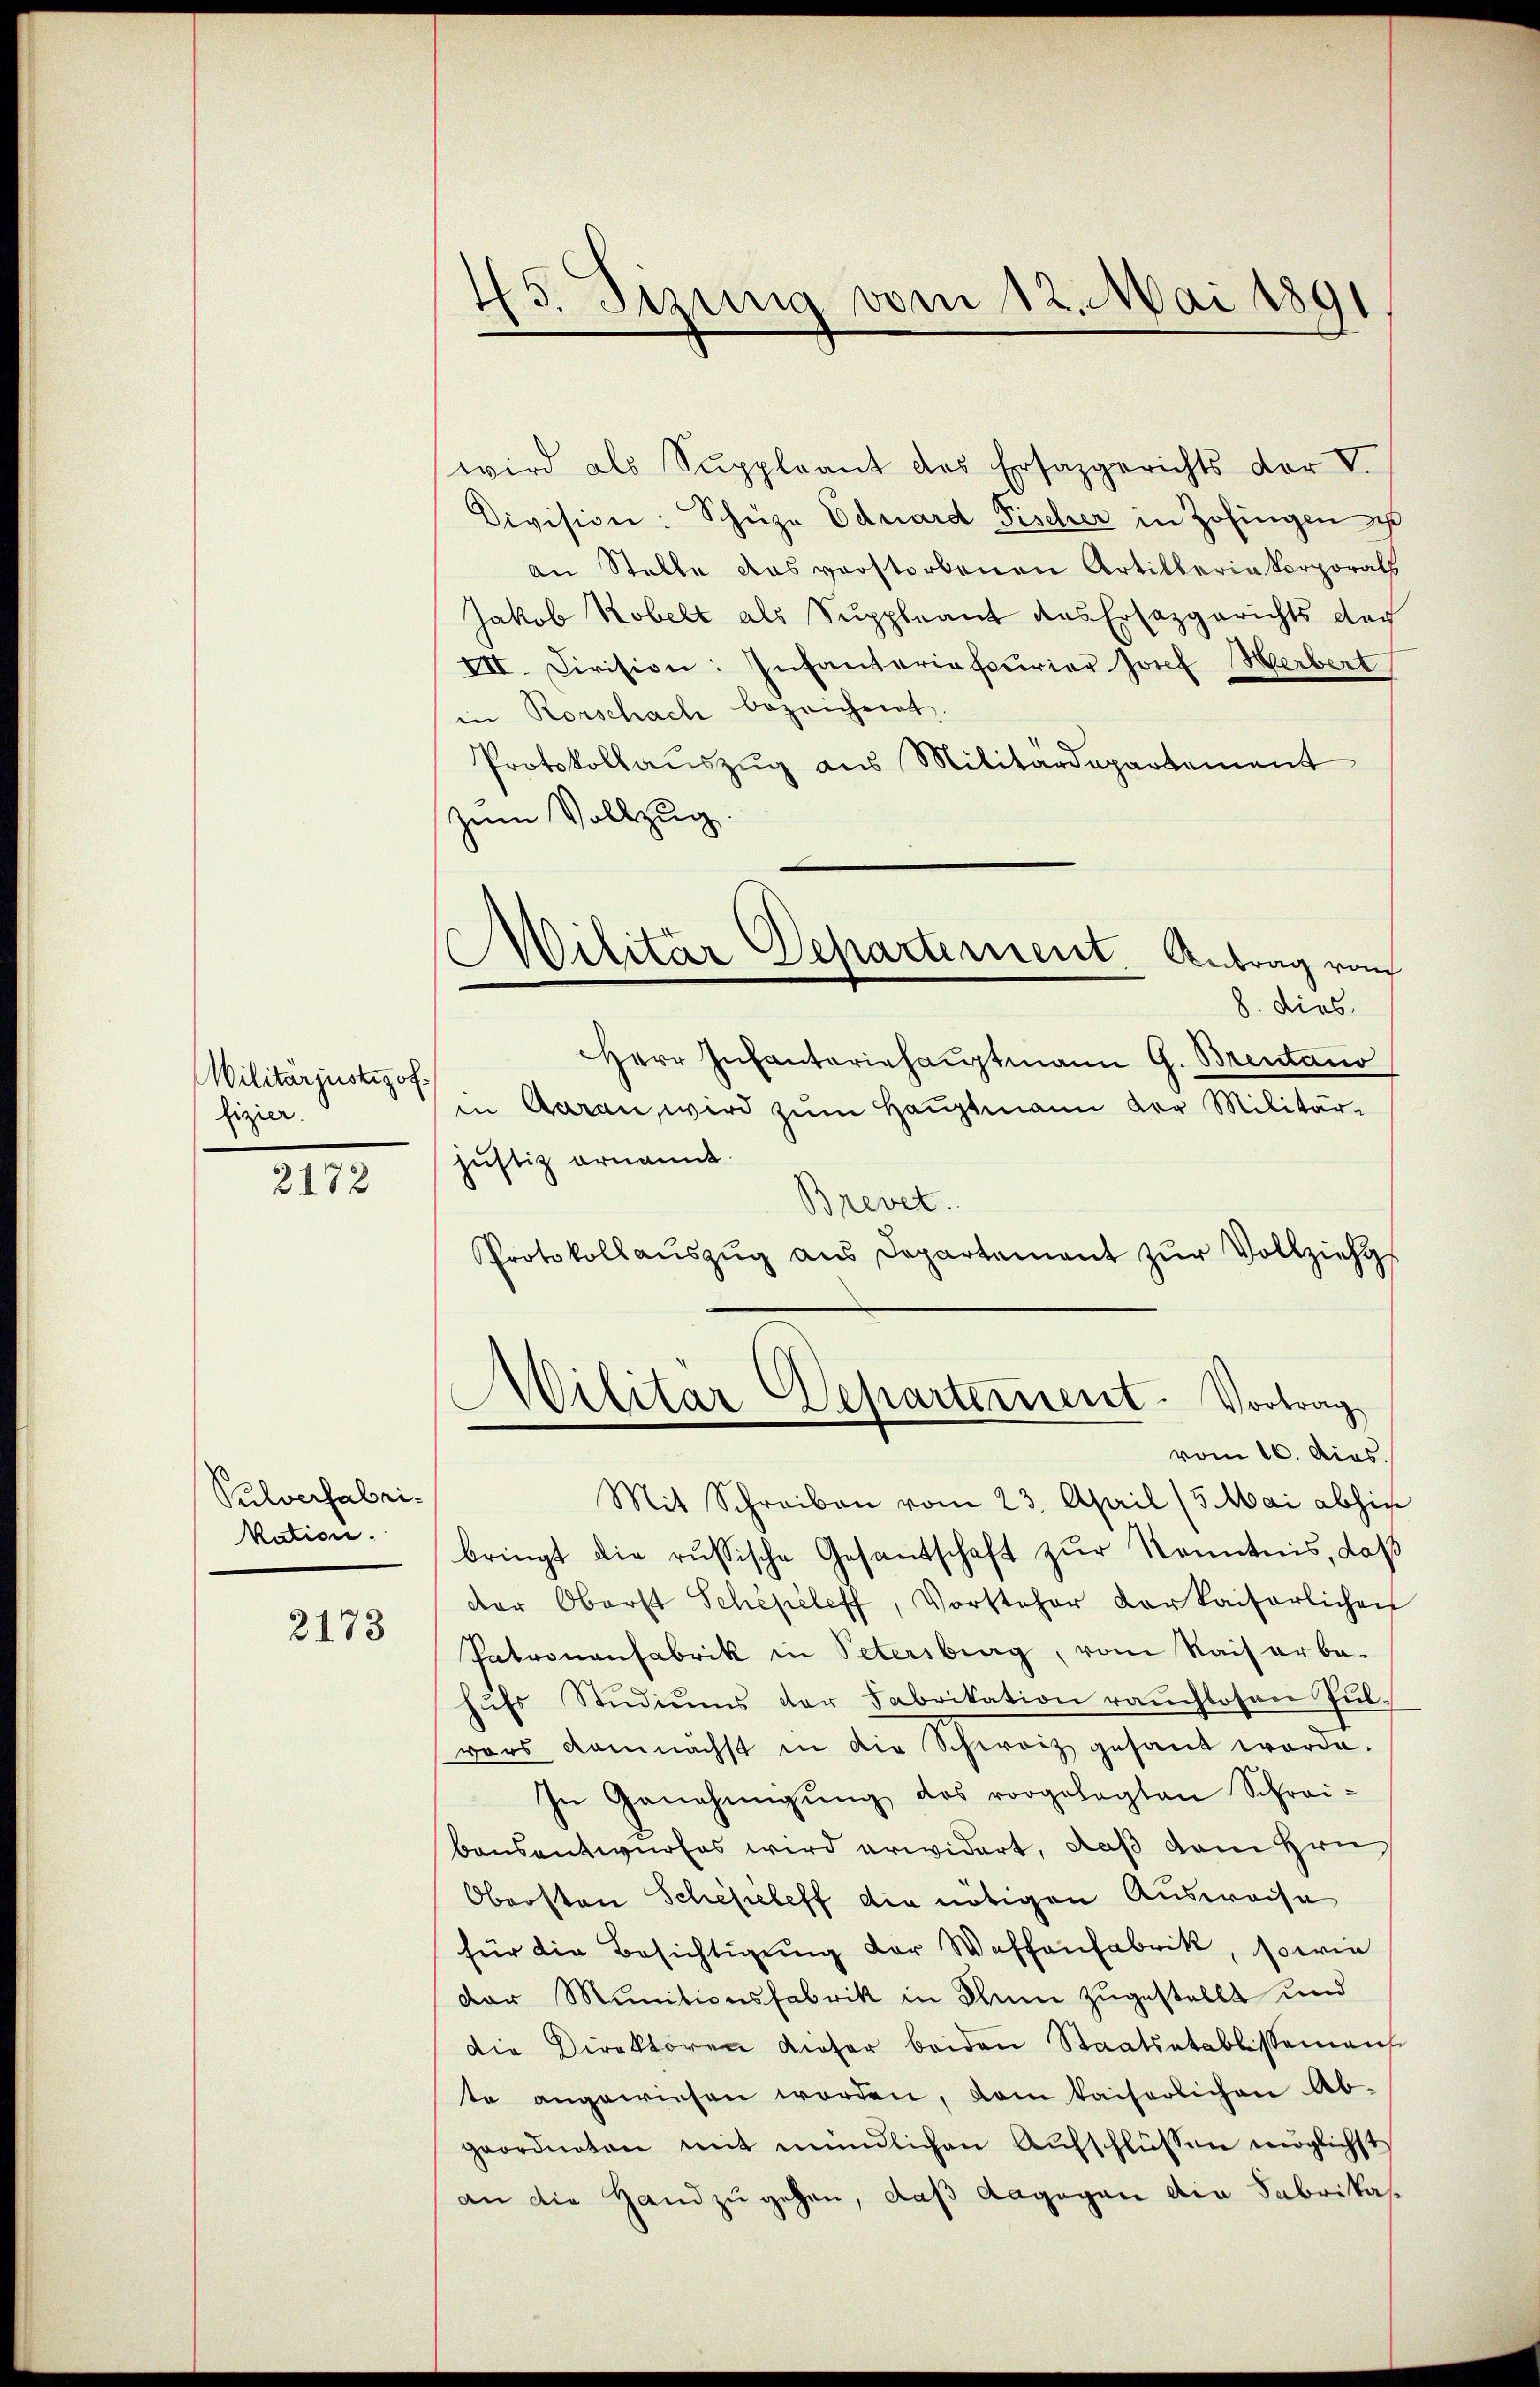
Militarjustizof
fizier.

2172

Pulverfabrikation.

2173

45. Sizung vom 12. Mai 1891

wird als Suppleant des Ersatzgerichts der V
Division: Schüze Eduard Fischer in Zofingen u
an Stelle das verstorbenen Artillaria Korporats
Jakob Kobelt als Suppleant des Ersazgerichts doch
III. Civision: Infanteriascurier Josef Herbert
in Rorschach bezeichnet.
Protokollauszug aus Militärdepartement
zum Vollzug.
8. dies
Herr Infanteriehauptmann G. Brentano
in Garan, wird zum Hauptmann der Militär-
Justiz ornannt.
Brevet.
Protokollauszug aus Departement zur Vollziehu
Militar Departement. Vortrag
vom 16. dies.
Mit Schreiben vom 23. April (5. Mai abhin
bringt die russische Gesantschaft zur Kenntnis, daß
der Oberst Schipeleff, Vorsteher der kaiserlichen
Patronanfabrik in Petersburg, vom Kaiserbe-
hŭfs Studiums der Fabrikation rauchlosen Pulvors demnächst in die Schweiz gesant worde.
In Genehmigŭng des vorgelegten Schrei-
bausentwurfes wird erwidert, daß dem Hrn.
Obersten Schefieleff die nötigen Ausweise
für die Besichtigŭng der Waffenfabrik, sowie
der Munitionsfabrik in Thun zugestellt und
die Direktoren Kiefer beiden Staatsatablissemens
te angewiesen worden, vom kaiserlichen Ab-
geordneten mit mündlichen Aufschlüssen möglichst
an die Hand zugehen, daß dagegen die Fabrikas¬

Militär Departement. Antrag vom